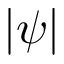
| \psi |